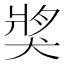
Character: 𤟒